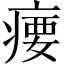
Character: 𪽳